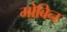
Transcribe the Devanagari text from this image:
मोबिन